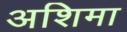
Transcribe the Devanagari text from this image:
अशिमा